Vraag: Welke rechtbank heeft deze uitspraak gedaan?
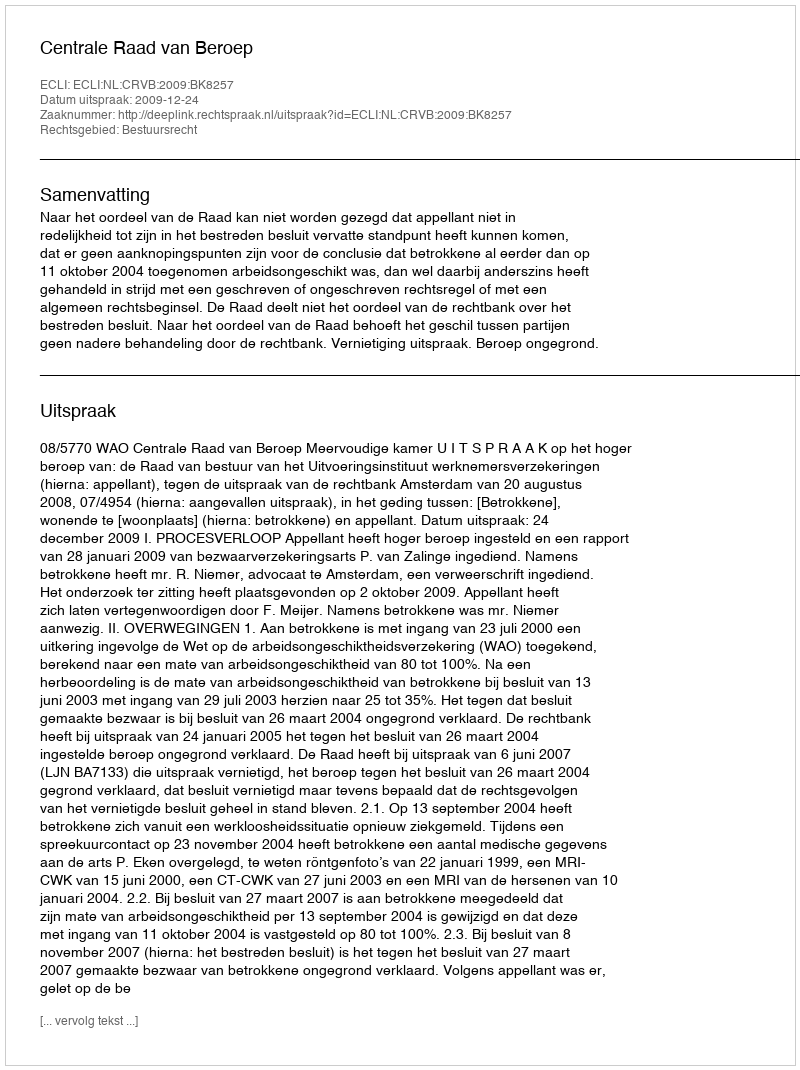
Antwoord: Centrale Raad van Beroep